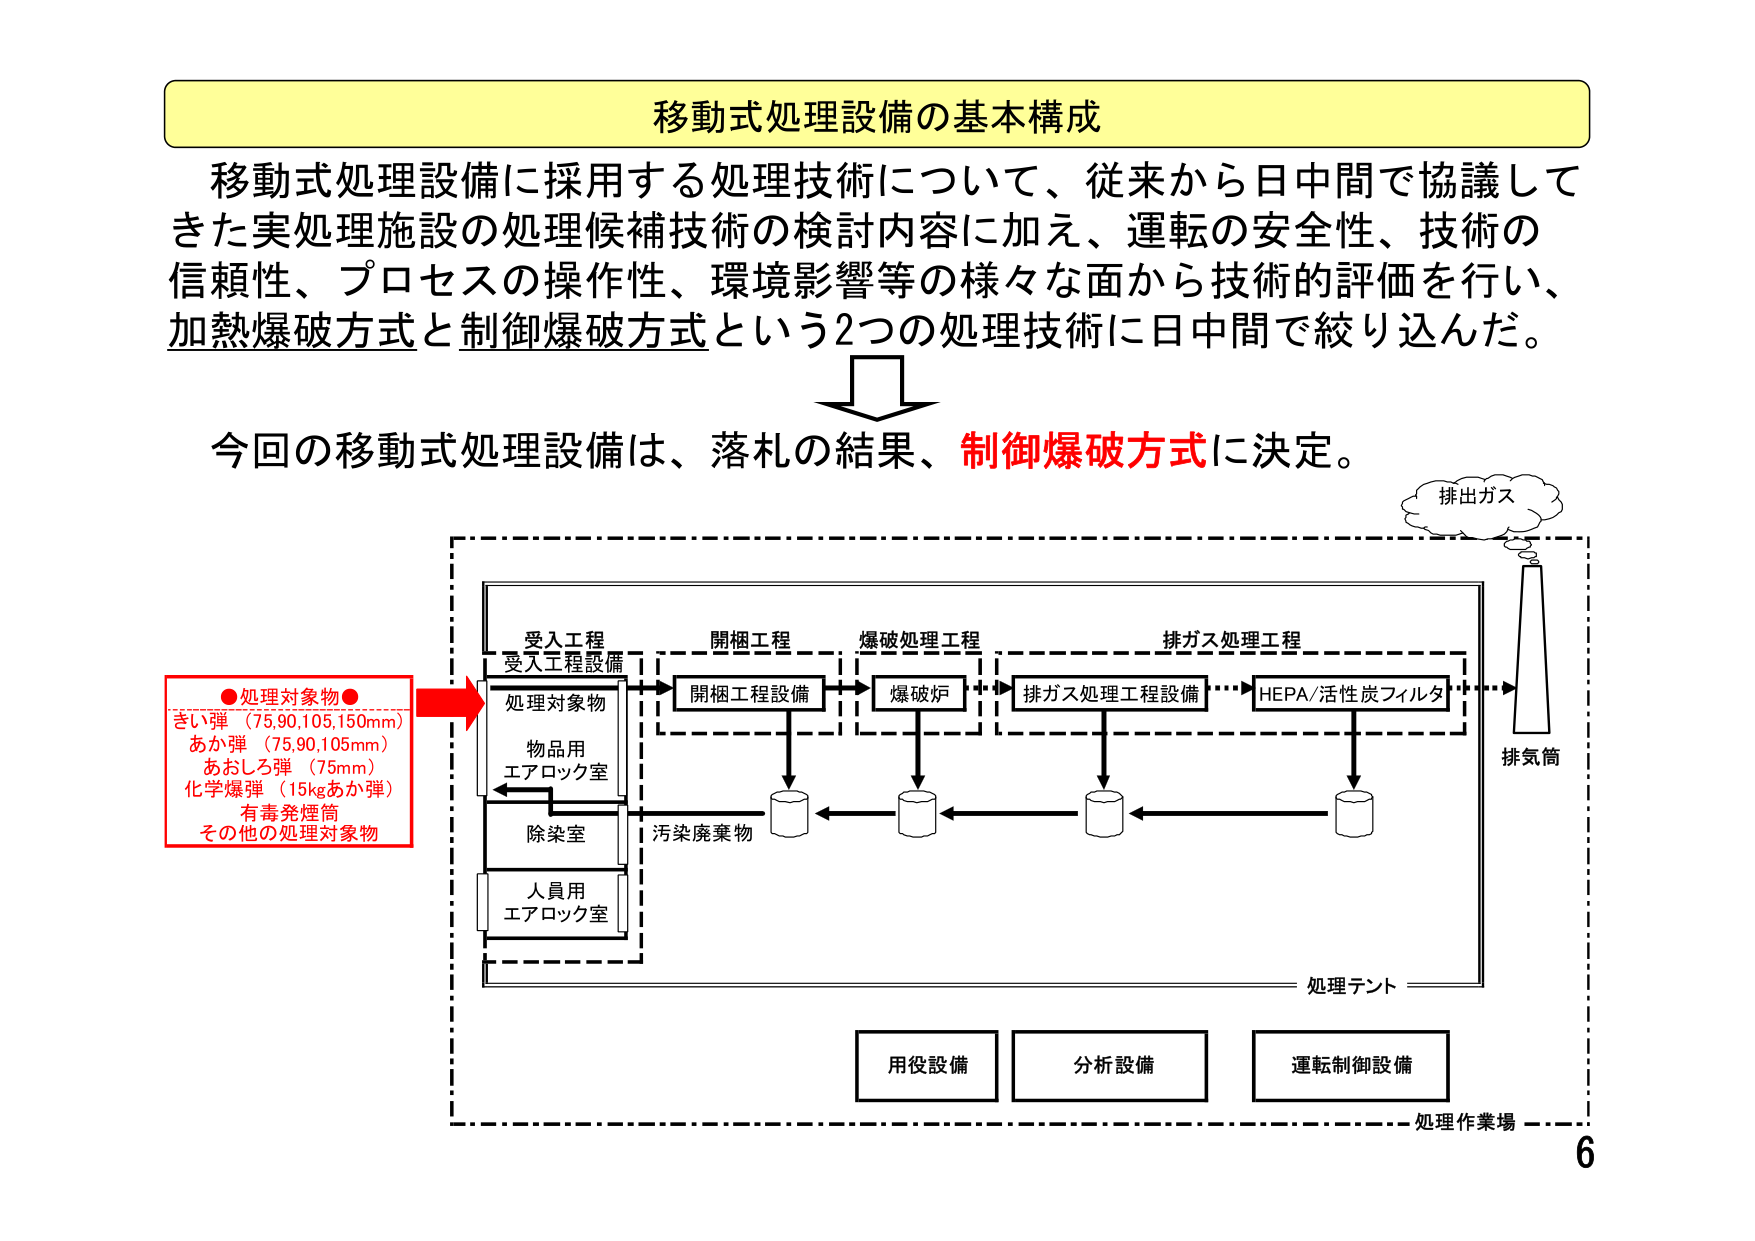
移動式処理設備の基本構成
移動式処理設備に採用する処理技術について、従来から日中間で協議してきた実処理施設の処理候補技術の検討内容に加え、運転の安全性、技術の信頼性、プロセスの操作性、環境影響等の様々な面から技術的評価を行い、加熱爆破方式と制御爆破方式という2つの処理技術に日中間で絞り込んだ。
今回の移動式処理設備は、落札の結果、制御爆破方式に決定。
●処理対象物●
きい弾（75,90,105,150mm）
あか弾（75,90,105mm）
あおしろ弾（75mm）
化学爆弾（15kgあか弾）
有毒発煙筒
その他の処理対象物
受入工程
受入工程設備
処理対象物
物品用
エアロック室
除染室
人員用
エアロック室
開梱工程
開梱工程設備
爆破処理工程
爆破炉
排ガス処理工程
排ガス処理工程設備
HEPA/活性炭フィルタ
排ガス
排気筒
汚染廃棄物
処理テント
用役設備
分析設備
運転制御設備
処理作業場
6